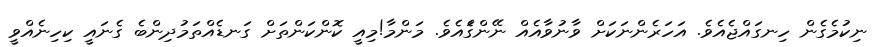
ނިކުމެގެން ހިނގައްޖެއެވެ. އަހަރެންނަކަށް ވާނުވާއެއް ނޭންގަެއެވެ. މަންމާ!މިއީ ކޮންކަންތަށް ގަނޑެއްތަމުދިންބެ ގެނައީ ކިހިނެއްވީ